Scottish Leaving Certificate Examination, 1956
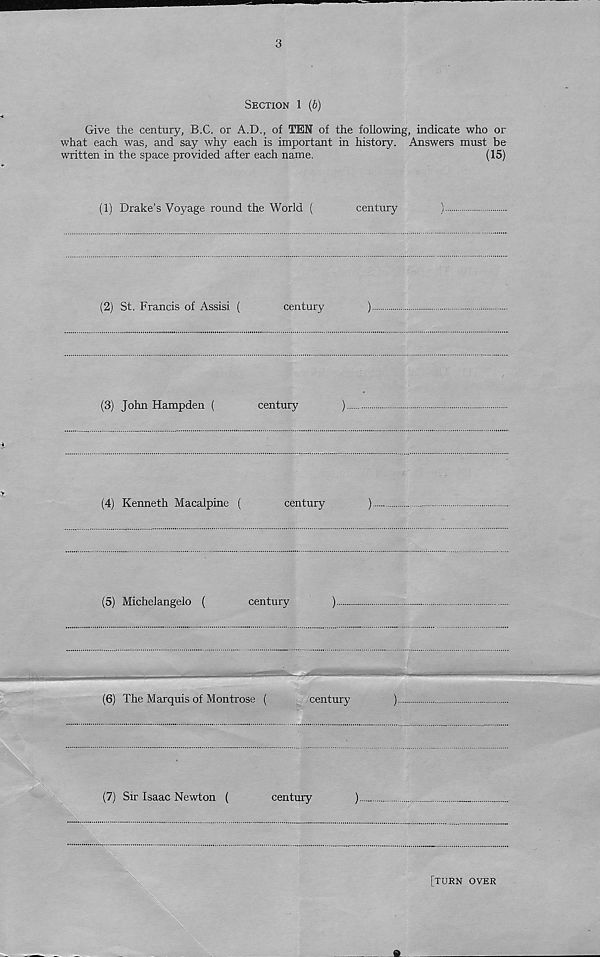
3
Section 1 (b)
Give the century, B.C. or A.D., of TEN of the following, indicate who or
what each was, and say why each is important in history. Answers must be
written in the space provided after each name.
(15)
(1) Drake’s Voyage round the World (
century
)
(2) St. Francis of Assisi (
century
)
(3) John Hampden (
century
)
(4) Kenneth Macalpine (
century
)
(5) Michelangelo (
century
)
(6) The Marquis of Montrose (
century
)
(7) Sir Isaac Newton (
century
)
[turn over